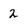
Character: 2